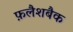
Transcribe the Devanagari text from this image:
फ़लैशबैक